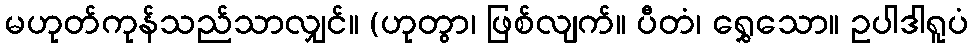
မဟုတ်ကုန်သည်သာလျှင်။ (ဟုတွာ၊ ဖြစ်လျက်။ ပီတံ၊ ရွှေသော။ ဥပါဒါရူပံ